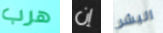
هرب إن البشر